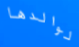
لوالدها